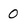
Character: 0